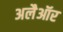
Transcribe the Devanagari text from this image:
अलैऑर